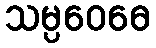
သမ္ပဝေဓေ